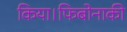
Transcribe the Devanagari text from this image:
किया।फिबोनाकी